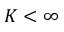
K < \infty